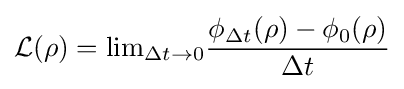
{\mathcal {L}}(\rho )=\mathrm {lim} _{\Delta t\to 0}{\frac {\phi _{\Delta t}(\rho )-\phi _{0}(\rho )}{\Delta t}}